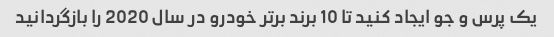
یک پرس و جو ایجاد کنید تا 10 برند برتر خودرو در سال 2020 را بازگردانید